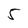
Character: 5